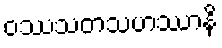
ဝဿသတသဟဿာနိ